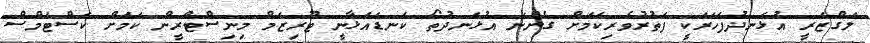
ލަގްޒަރީ އުޅަނދުފަހަރަކީ ފަތުރުވެރިކަމަށް ގެންނަ އުޅަނދުތޯ ކަނޑައަޅާނީ ޓޫރިޒަމް މިނިސްޓްރީން ކަމަށް ކަސްޓަމްސް